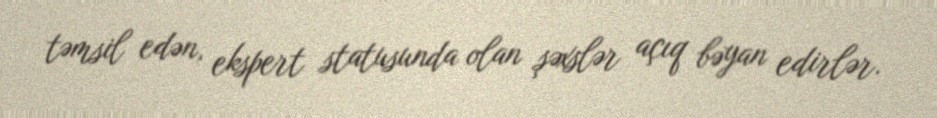
təmsil edən, ekspert statusunda olan şəxslər açıq bəyan edirlər.